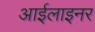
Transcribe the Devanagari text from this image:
आईलाइनर